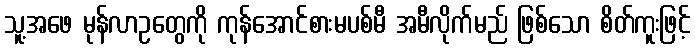
သူ့အဖေ မုန်လာဥတွေကို ကုန်အောင်စားမပစ်မီ အမီလိုက်မည် ဖြစ်သော စိတ်ကူးဖြင့်